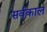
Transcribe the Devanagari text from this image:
सर्वकाल